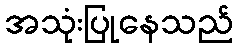
အသုံးပြုနေသည်